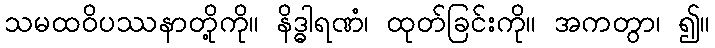
သမထဝိပဿနာတို့ကို။ နိဒ္ဓါရဏံ၊ ထုတ်ခြင်းကို။ အကတွာ၊ ၍။